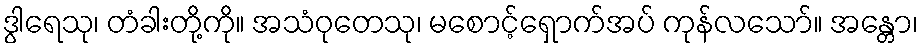
ဒွါရေသု၊ တံခါးတို့ကို။ အသံဝုတေသု၊ မစောင့်ရှောက်အပ် ကုန်လသော်။ အန္တော၊